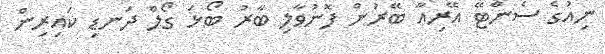
ނިއުގެ ސެންޓޭ އޭރިއާ ބޭރުން ފޮނުވާލި ބާރު ބޯޅަ ގޯލް ދަނޑި ކައިރިން